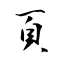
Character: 頁